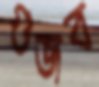
গুজব